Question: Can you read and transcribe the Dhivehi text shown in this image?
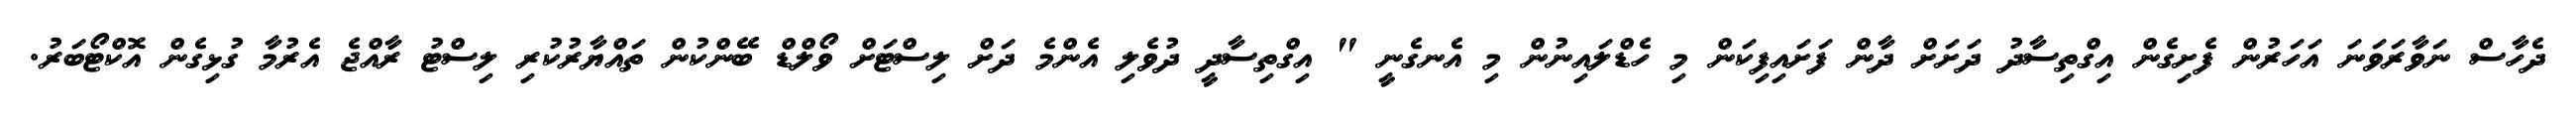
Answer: ދެހާސް ނަވާރަވަނަ އަހަރުން ފެށިގެން އިގްތިސާދު ދަށަށް ދާން ފަށައިފިކަން މި ހެޑްލައިނުން މި އެނގެނީ " އިގްތިސާދީ ދުވެލި އެންމެ ދަށް ލިސްޓަށް ވޯލްޑް ބޭންކުން ތައްޔާރުކުރި ލިސްޓު ރާއްޖެ އެރުމާ ގުޅިގެން އޮކްޓޯބަރު.